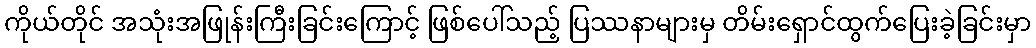
ကိုယ်တိုင် အသုံးအဖြုန်းကြီးခြင်းကြောင့် ဖြစ်ပေါ်သည့် ပြဿနာများမှ တိမ်းရှောင်ထွက်ပြေးခဲ့ခြင်းမှာ